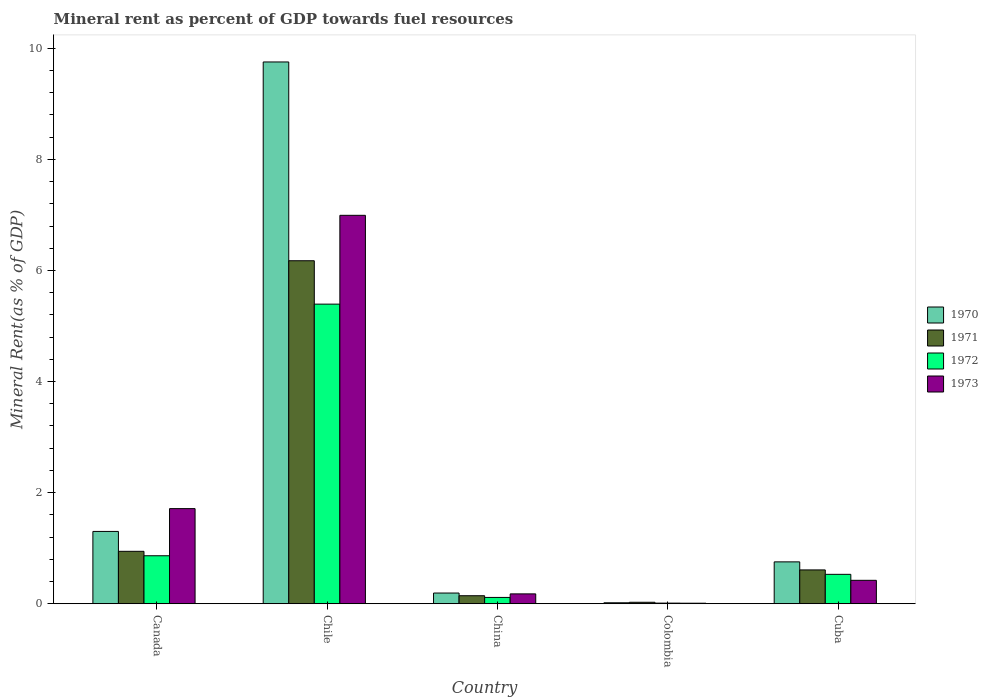
| Country | 1970 | 1971 | 1972 | 1973 |
 | --- | --- | --- | --- | --- |
 | Canada | 1.3 | 0.944 | 0.864 | 1.71 |
 | Chile | 9.75 | 6.18 | 5.39 | 6.99 |
 | China | 0.193 | 0.144 | 0.113 | 0.177 |
 | Colombia | 0.0172 | 0.0261 | 0.0111 | 0.00935 |
 | Cuba | 0.754 | 0.609 | 0.529 | 0.422 |